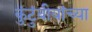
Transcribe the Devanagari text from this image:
कुंटुंबीयांच्या